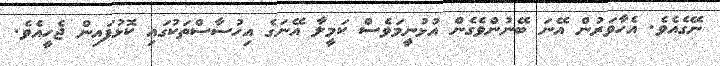
ނޭގެއެވެ. އެހާވަރުން އޭނަ ބޭނުންވެގެން އުޅުނީމަވެސް ކަމީލާ އޭނަގެ އިހުސާސްތަކުގައި ކޮޅުފައިން ޖެހީއެވެ.